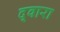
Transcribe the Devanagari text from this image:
द्‍वारा